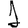
Digit: 1